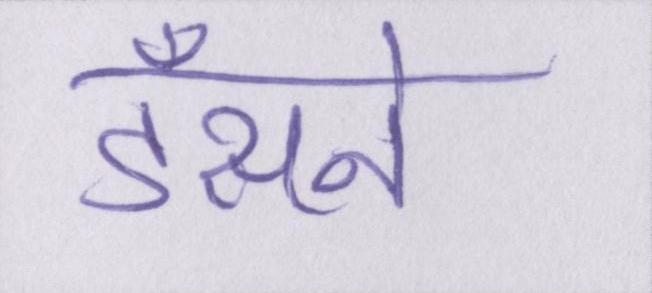
डँसने